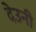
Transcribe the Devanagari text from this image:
देउनी